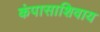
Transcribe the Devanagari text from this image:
कंपासाशिवाय